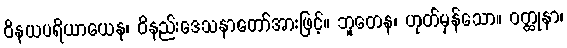
ဝိနယပရိယာယေန၊ ဝိနည်းဒေသနာတော်အားဖြင့်။ ဘူတေန၊ ဟုတ်မှန်သော။ ဝတ္ထုနာ၊